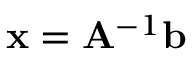
\mathbf { x } = \mathbf { A } ^ { - 1 } \mathbf { b }